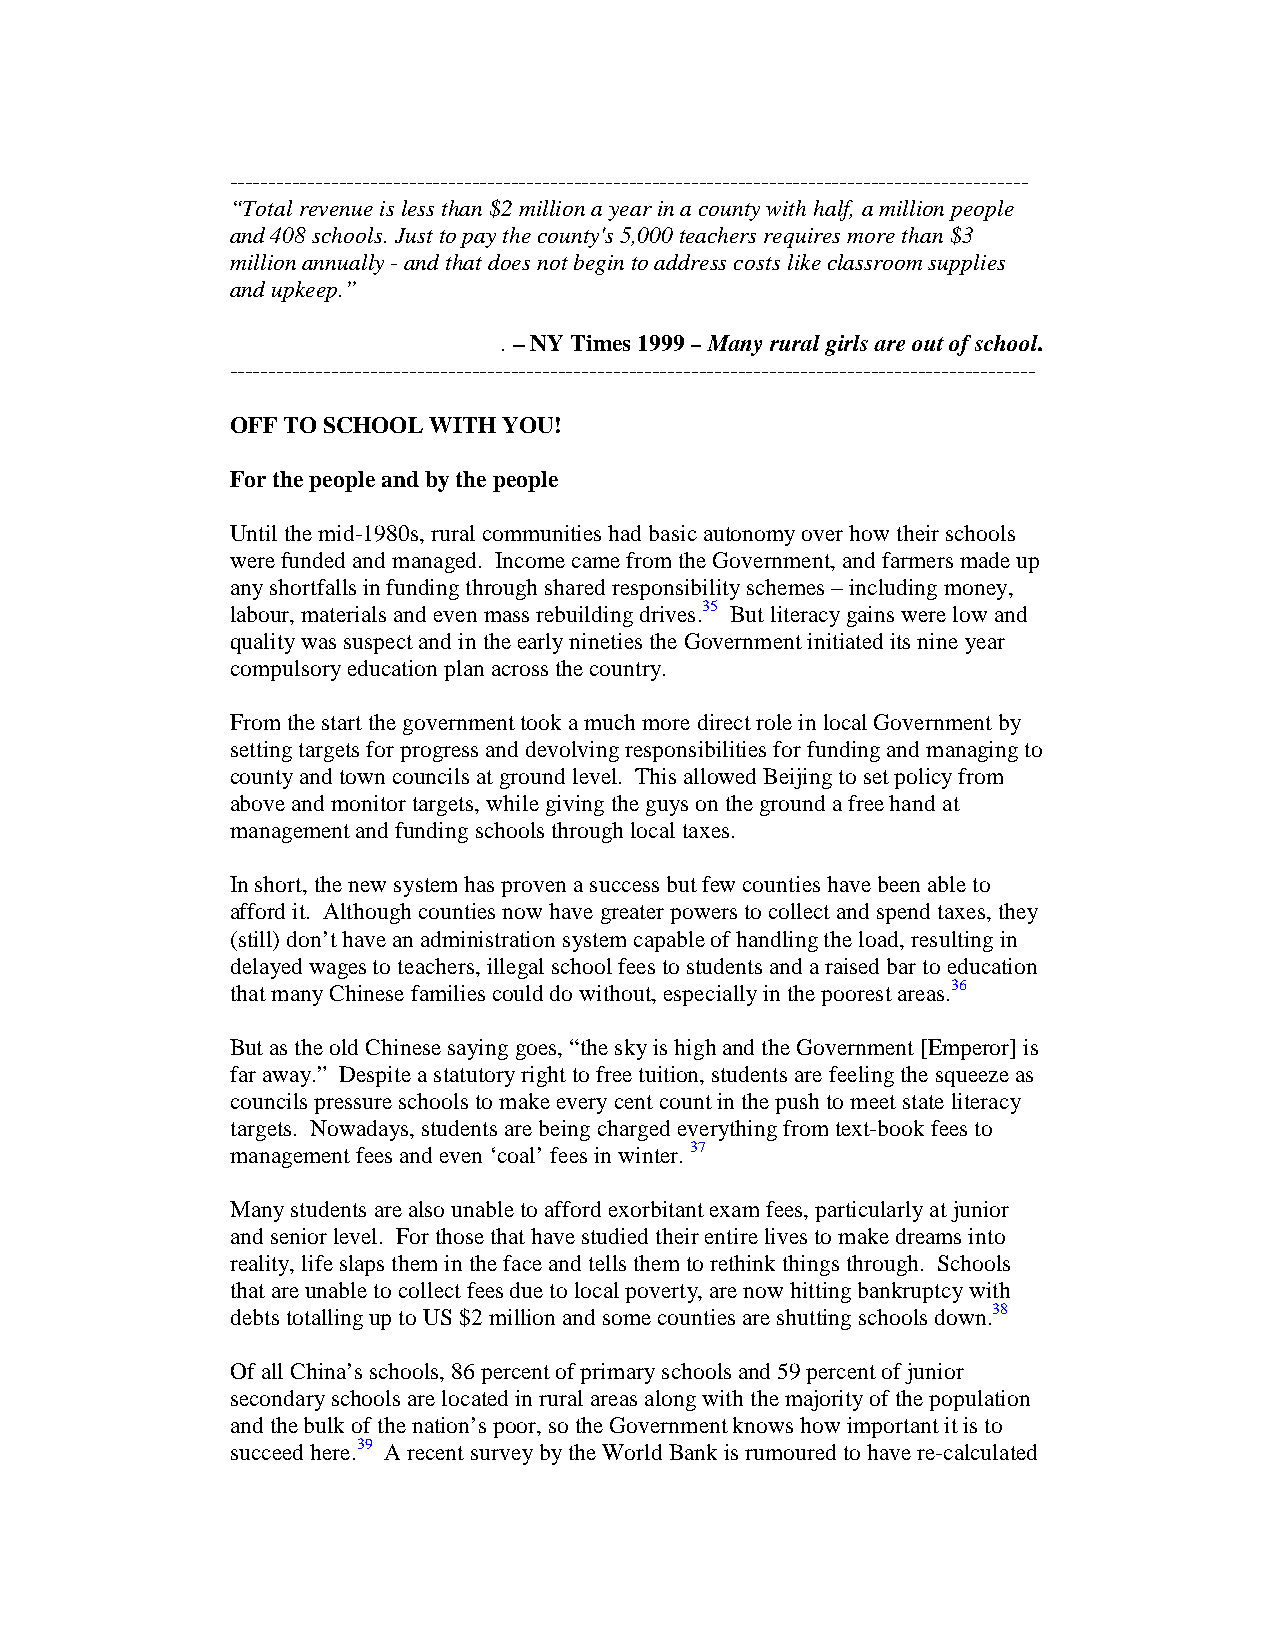
------------------------------------------------------------------------------------------------------
 “Total revenue is less than $2 million a year in a county with half, a million people
 and 408 schools. Just to pay the county's 5,000 teachers requires more than $3
 million annually - and that does not begin to address costs like classroom supplies
 and upkeep.”
 . – NY Times 1999 – Many rural girls are out of school.
 -------------------------------------------------------------------------------------------------------
 OFF TO SCHOOL WITH YOU!
 For the people and by the people
 Until the mid-1980s, rural communities had basic autonomy over how their schools
 were funded and managed. Income came from the Government, and farmers made up
 any shortfalls in funding through shared responsibility schemes – including money,
 labour, materials and even mass rebuilding drives.35 But literacy gains were low and
 quality was suspect and in the early nineties the Government initiated its nine year
 compulsory education plan across the country.
 From the start the government took a much more direct role in local Government by
 setting targets for progress and devolving responsibilities for funding and managing to
 county and town councils at ground level. This allowed Beijing to set policy from
 above and monitor targets, while giving the guys on the ground a free hand at
 management and funding schools through local taxes.
 In short, the new system has proven a success but few counties have been able to
 afford it. Although counties now have greater powers to collect and spend taxes, they
 (still) don’t have an administration system capable of handling the load, resulting in
 delayed wages to teachers, illegal school fees to students and a raised bar to education
 that many Chinese families could do without, especially in the poorest areas.36
 But as the old Chinese saying goes, “the sky is high and the Government [Emperor] is
 far away.” Despite a statutory right to free tuition, students are feeling the squeeze as
 councils pressure schools to make every cent count in the push to meet state literacy
 targets. Nowadays, students are being charged everything from text-book fees to
 management fees and even ‘coal’ fees in winter. 37
 Many students are also unable to afford exorbitant exam fees, particularly at junior
 and senior level. For those that have studied their entire lives to make dreams into
 reality, life slaps them in the face and tells them to rethink things through. Schools
 that are unable to collect fees due to local poverty, are now hitting bankruptcy with
 debts totalling up to US $2 million and some counties are shutting schools down.38
 Of all China’s schools, 86 percent of primary schools and 59 percent of junior
 secondary schools are located in rural areas along with the majority of the population
 and the bulk of the nation’s poor, so the Government knows how important it is to
 succeed here.39 A recent survey by the World Bank is rumoured to have re-calculated